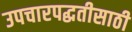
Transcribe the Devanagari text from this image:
उपचारपद्धतीसाठी